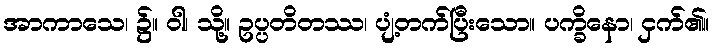
အာကာသေ၊ ၌။ ဝါ၊ သို့။ ဥပ္ပတိတဿ၊ ပျံ့တက်ပြီးသော။ ပက္ခိနော၊ ငှက်၏။